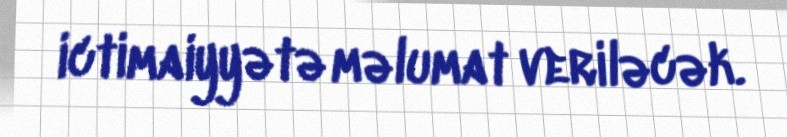
ictimaiyyətə məlumat veriləcək.